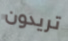
تريدون